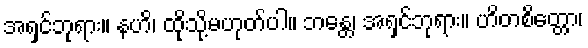
အရှင်ဘုရား။ နဟိ၊ ထိုသို့မဟုတ်ပါ။ ဘန္တေ၊ အရှင်ဘုရား။ ဟိတစိတ္တော၊